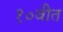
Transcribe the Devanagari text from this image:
१०वीत